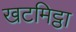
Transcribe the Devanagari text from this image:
खटमिट्ठा